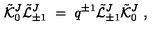
{ \tilde { \cal K } } _ { 0 } ^ { J } { \tilde { \cal L } } _ { \pm 1 } ^ { J } \ = \ q ^ { \pm 1 } { \tilde { \cal L } } _ { \pm 1 } ^ { J } { \tilde { \cal K } } _ { 0 } ^ { J } \ ,